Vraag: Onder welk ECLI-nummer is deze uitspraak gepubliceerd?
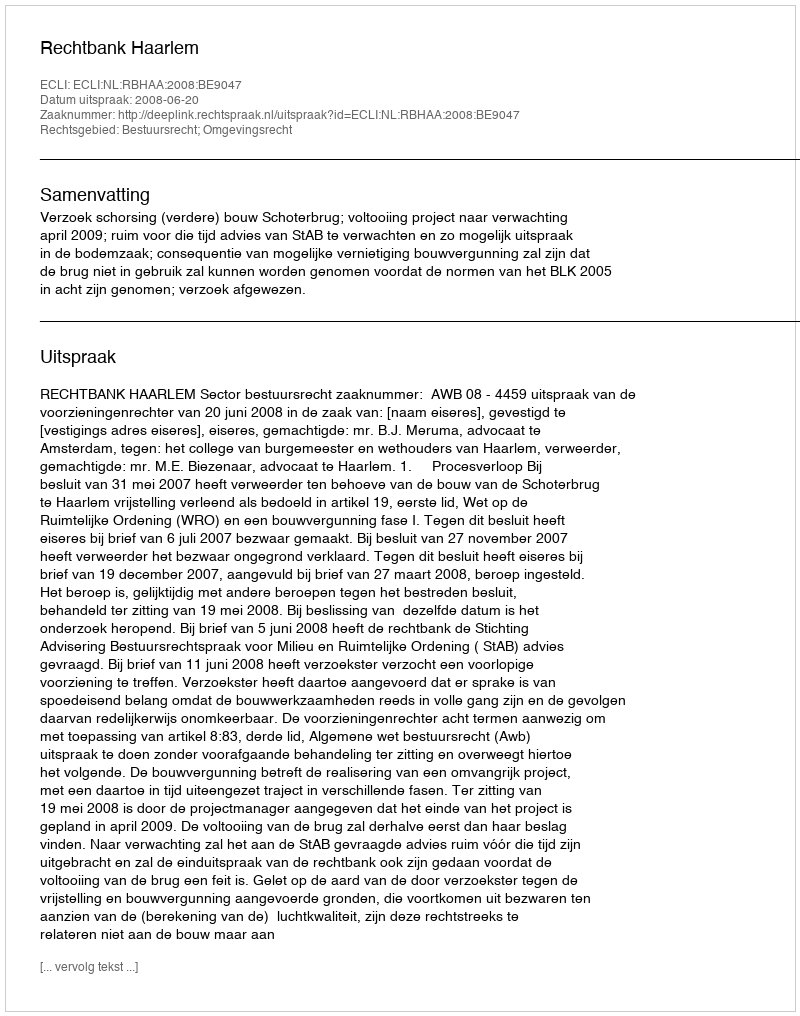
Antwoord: ECLI:NL:RBHAA:2008:BE9047